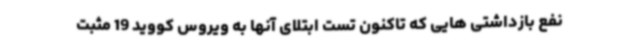
نفع بازداشتی هایی که تاکنون تست ابتلای آنها به ویروس کووید 19 مثبت